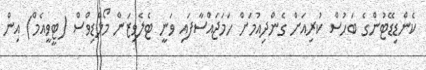
ކެންޑިޑޭޓުންގެ ބަހުސް ކުރިއަށް ގެންދިއުމަށް ހަމަޖައްސާފައި ވަނީ ޓެލެވިޒަން މޯލްޑިވްސް (ޓީވީއެމް) އިން